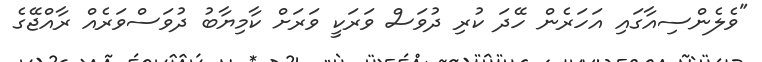
"ވެލެންސިއާގައި އަހަރެން ހޭދަ ކުރި ދުވަސް ވަރަކީ ވަރަށް ކާމިޔާބު ދުވަސްވަރެއް ރާއްޖޭގެ